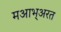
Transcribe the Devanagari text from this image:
मआभ्अरत